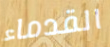
القدماء